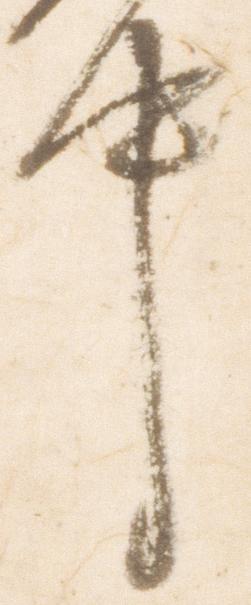
件